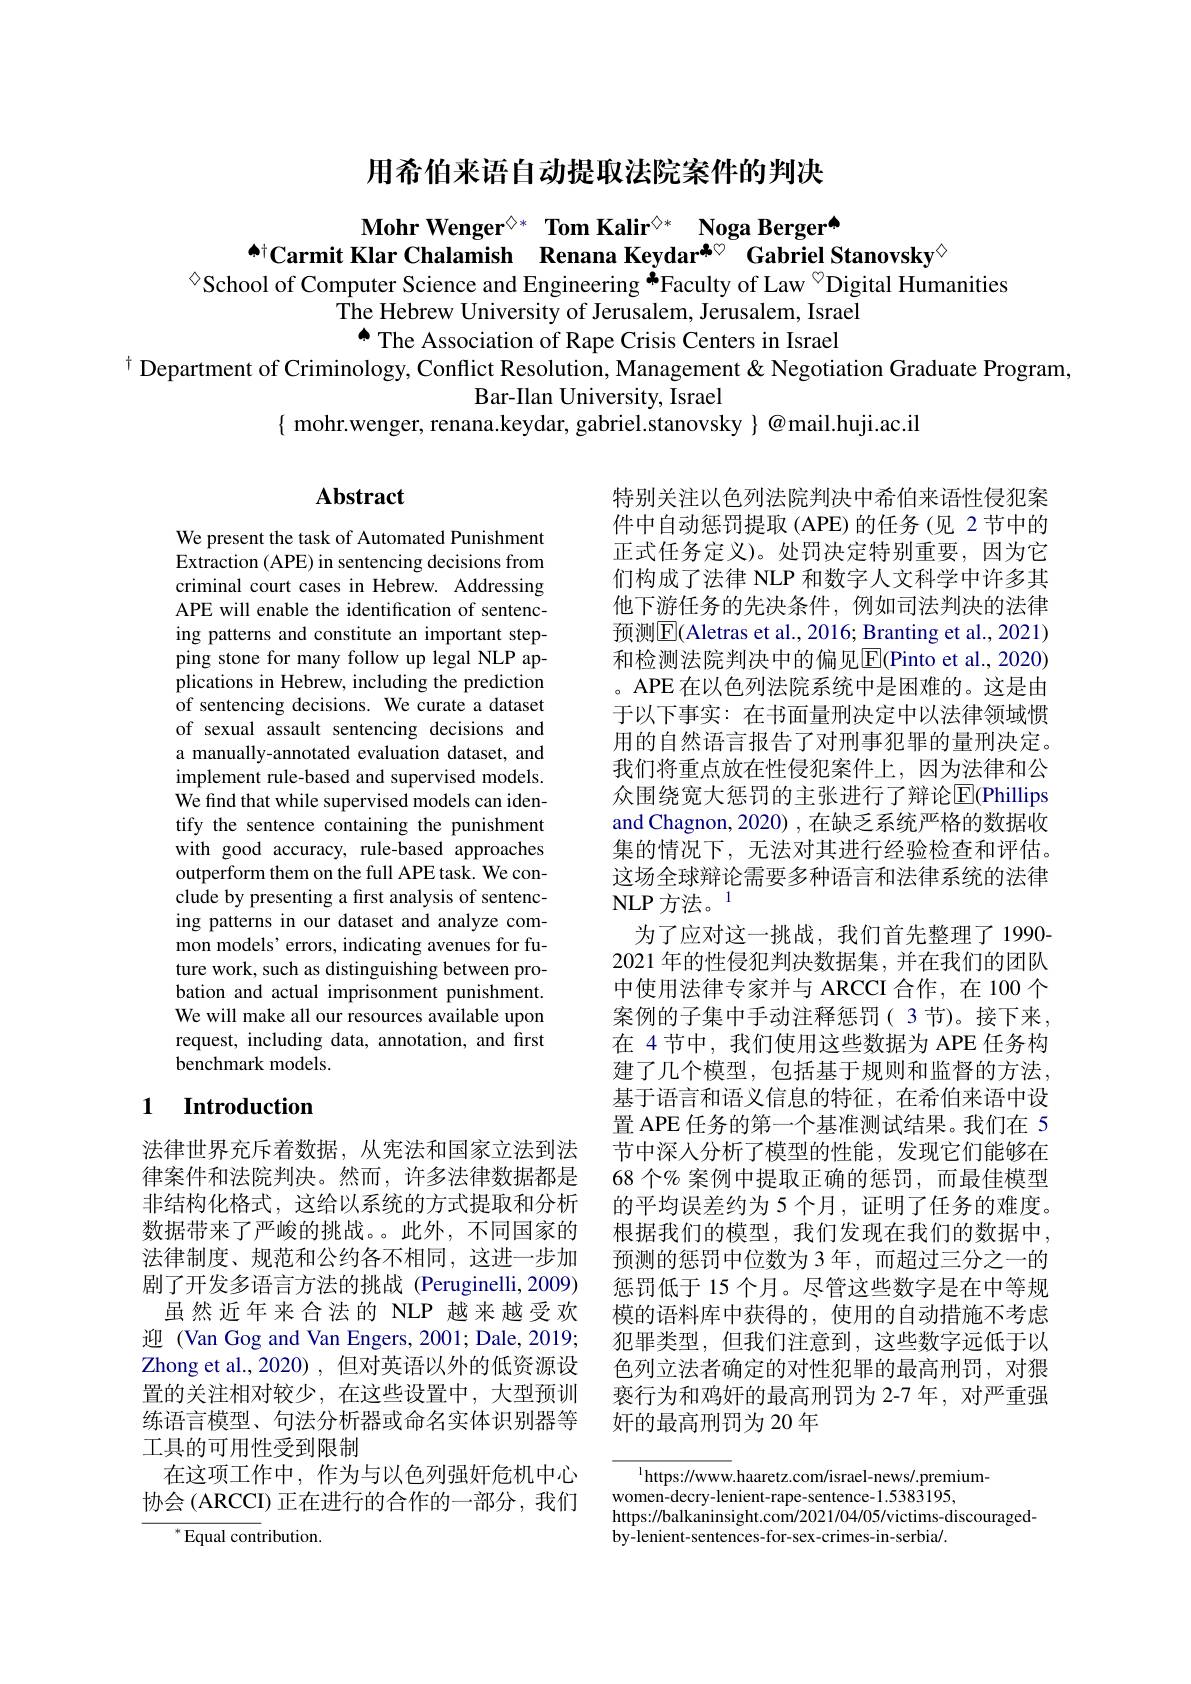
用希伯来语自动提取法院案件的判决

$\begin{array}{c}\text{Mohr Wenger}^{\textcircled{\times*}}&\text{Tom Kalir}^{\textcircled{\times*}}&\textbf{Noga Berger}^{\spadesuit}\\\text{A}^{+}\text{Carmit Klar Chalamish}&\text{Renana Keydar}^{\clubsuit\heartsuit}&\text{Gabriel Stanovsky}^{\diamondsuit}\end{array}$
$^{\textcircled{\circ}}$School of Computer Science and Engineering ÅFaculty of Law $^{\textcircled{\mathrm{D}}}$Digital Humanities

The Hebrew University of Jerusalem, Jerusalem, Israel
个 The Association of Rape Crisis Centers in Israel
$^{\dagger}$ Department of Criminology, Conflict Resolution, Management & Negotiation Graduate Program,
Bar-IIan University, Israel
$\{$ mohr.wenger, renana.keydar, gabriel.stanovsky $\}$ @mail.huji.ac.il

### $\mathbf{Abstract}$

We present the task of Automated Punishment Extraction (APE) in sentencing decisions from criminal court cases in Hebrew. Addressing APE will enable the identification of sentencing patterns and constitute an important stepping stone for many follow up legal NLP applications in Hebrew, including the prediction of sentencing decisions. We curate a dataset of sexual assault sentencing decisions and a manually-annotated evaluation dataset, and implement rule-based and supervised models. We find that while supervised models can identify the sentence containing the punishment with good accuracy, rule-based approaches outperform them on the full APE task. We conclude by presenting a fırst analysis of sentencing patterns in our dataset and analyze common models' errors, indicating avenues for future work, such as distinguishing between probation and actual imprisonment punishment. We will make all our resources available upon request, including data, annotation, and first benchmark models.

特别关注以色列法院判决中希伯来语性侵犯案件中自动惩罚提取(APE)的任务(见 2节中的正式任务定义)。处罚决定特别重要，因为它们构成了法律 NLP 和数字人文科学中许多其他下游任务的先决条件，例如司法判决的法律预测$\boxed{\mathrm{F}}($Aletras et al., 2016; Branting et al., 2021) 和检测法院判决中的偏见$\overline{\mathrm{E}}$(Pinto et al., 2020) 。APE 在以色列法院系统中是困难的。这是由于以下事实：在书面量刑决定中以法律领域惯用的自然语言报告了对刑事犯罪的量刑决定。我们将重点放在性侵犯案件上，因为法律和公众围绕宽大惩罚的主张进行了辩论$\overline{\mathrm{E}}($Phillips and Chagnon, 2020) , 在缺乏系统严格的数据收集的情况下，无法对其进行经验检查和评估。这场全球辩论需要多种语言和法律系统的法律${\mathrm{NLP~方法。}}^{-}$
为了应对这一挑战，我们首先整理了1990- 2021 年的性侵犯判决数据集，并在我们的团队中使用法律专家并与 ARCCI 合作，在 100 个案例的子集中手动注释惩罚( 3节)。接下来， 在 4 节中，我们使用这些数据为 APE 任务构建了几个模型，包括基于规则和监督的方法， 基于语言和语义信息的特征，在希伯来语中设置 APE 任务的第一个基准测试结果。我们在 5节中深人分析了模型的性能，发现它们能够在68 个% 案例中提取正确的惩罚，而最佳模型的平均误差约为 5 个月，证明了任务的难度。根据我们的模型，我们发现在我们的数据中， 预测的惩罚中位数为 3 年，而超过三分之一的惩罚低于 15 个月。尽管这些数字是在中等规模的语料库中获得的，使用的自动措施不考虑犯罪类型，但我们注意到，这些数字远低于以色列立法者确定的对性犯罪的最高刑罚，对猥亵行为和鸡奸的最高刑罚为 2-7 年，对严重强奸的最高刑罚为 20 年

### 1 $\textbf{Introduction}$

法律世界充斥着数据，从宪法和国家立法到法律案件和法院判决。然而，许多法律数据都是非结构化格式，这给以系统的方式提取和分析数据带来了严峻的挑战。。此外，不同国家的法律制度、规范和公约各不相同，这进一步加剧了开发多语言方法的挑战 (Peruginelli,2009)
虽然近年来合法的 NLP 越来越受欢迎 (Van Gog and Van Engers, 2001; Dale, 2019; Zhong et al.,2020),但对英语以外的低资源设置的关注相对较少，在这些设置中，大型预训练语言模型、句法分析器或命名实体识别器等工具的可用性受到限制
在这项工作中，作为与以色列强奸危机中心协会 (ARCCI) 正在进行的合作的一部分，我们
${^*}{\mathrm{Equal~cont}}$ribution

$^{\mathrm{l}}$https://www.haaretz.com/israel-news/.premium-
women-decry-lenient-rape-sentence-1.5383195,
https://balkaninsight.com/2021/04/05/victims-discouraged-
by-lenient-sentences-for-sex-crimes-in-serbia/.